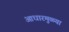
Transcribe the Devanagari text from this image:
आधारमुळ्या